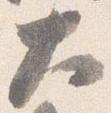
大